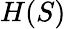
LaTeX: H(S)